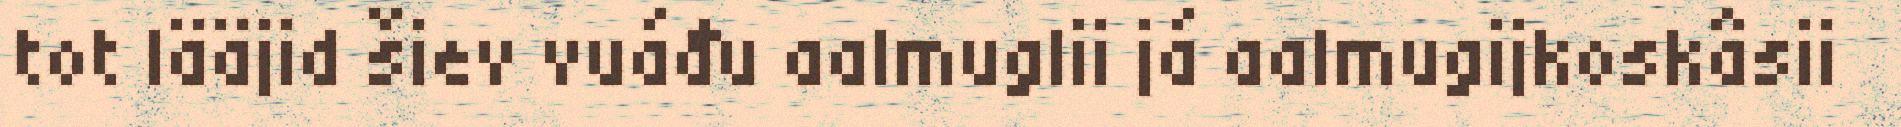
tot lääjid šiev vuáđu aalmuglii já aalmugijkoskâsii